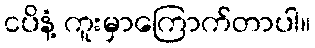
ငပိနံ့ ကူးမှာကြောက်တာပါ။